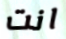
انت